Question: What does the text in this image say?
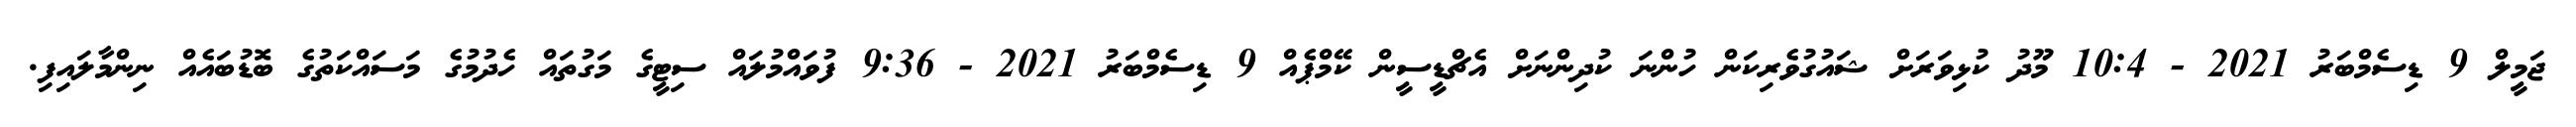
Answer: ޖަމީލް 9 ޑިސެމްބަރު 2021 - 10:4 މޫދު ކުޅިވަރަށް ޝައުގުވެރިކަން ހުންނަ ކުދިންނަށް އެޗްޑީސީން ކޭމްޕެއް 9 ޑިސެމްބަރު 2021 - 9:36 ފުވައްމުލައް ސިޓީގެ މަގުތައް ހެދުމުގެ މަސައްކަތުގެ ބޮޑުބައެއް ނިންމާލައިފި.